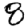
Digit: 8